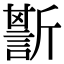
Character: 𧪷